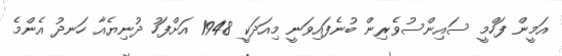
އަމީން ފަހްމީ ސައިންސުވެރިން ބުނެފައިވަނީ މިއަދަކީ 1948 އަށްފަހު ދުނިޔެއާ ހަނދު އެންމެ